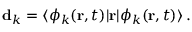
{ \bf d } _ { k } = \langle \phi _ { k } ( { \bf r } , t ) | { \bf r } | \phi _ { k } ( { \bf r } , t ) \rangle \, .